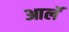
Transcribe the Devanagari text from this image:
आलॅ